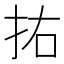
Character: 𭠗